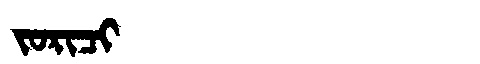
Manchu: ᠵᠣᡵᡳᠴᡳ
Romanization: JORICI